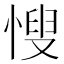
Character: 㥰